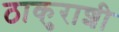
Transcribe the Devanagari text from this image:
ठाकुराशी